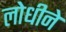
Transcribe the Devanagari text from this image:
लोधीने